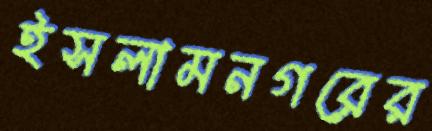
ইসলামনগরের